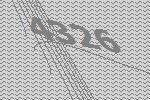
4326